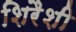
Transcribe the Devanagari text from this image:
शिरैशी